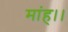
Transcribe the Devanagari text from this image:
मांह।।